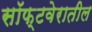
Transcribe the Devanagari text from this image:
सॉफ्टवेरातील